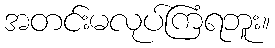
အတင်းမလုပ်ကြံရဘူး။